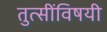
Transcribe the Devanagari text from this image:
तुत्‍सींविषयी